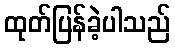
ထုတ်ပြန်ခဲ့ပါသည်